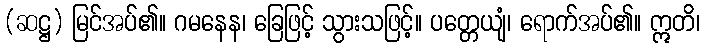
(ဆဋ္ဌ) မြင်အပ်၏။ ဂမနေန၊ ခြေဖြင့် သွားသဖြင့်။ ပတ္တေယျံ၊ ရောက်အပ်၏။ ဣတိ၊